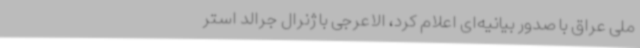
ملی عراق با صدور بیانیه‌ای اعلام کرد، الاعرجی با ژنرال جرالد استر